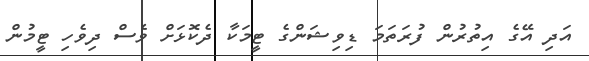
އަދި އޭގެ އިތުރުން ފުރަތަމަ ޑިވިޝަންގެ ޓީމަކާ ދެކޮޅަށް ވެސް ދިވެހި ޓީމުން